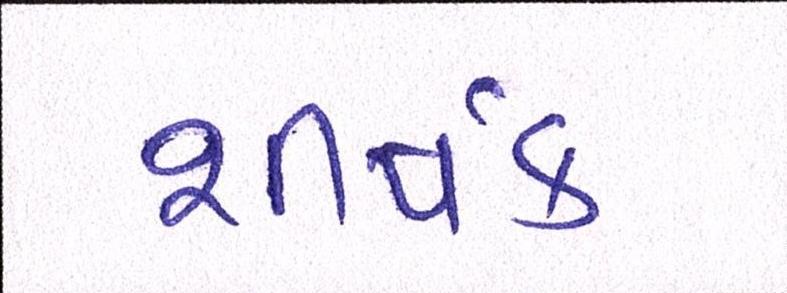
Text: શીર્ષક